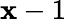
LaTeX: \mathbf{x}-1